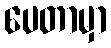
ပေတာမှာ